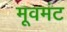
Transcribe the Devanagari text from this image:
मूवमंट